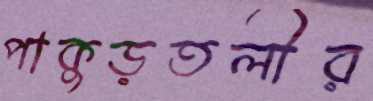
পাকুড়তলীর